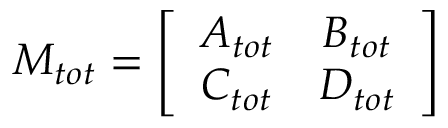
M _ { t o t } = \left[ \begin{array} { c c } { A _ { t o t } } & { B _ { t o t } } \\ { C _ { t o t } } & { D _ { t o t } } \end{array} \right]